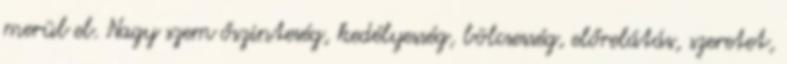
merül el. Nagy szem őszinteség, kedélyesség, bölcsesség, előrelátás, szeretet,